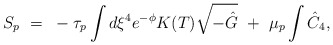
\begin{align*}{S_p}~=~-{\tau_p}\int {{d\xi}^4}{e^{-\phi}}K(T)\sqrt{-\hat{G}}~+~{{\mu}_p}\int {\hat C}_4 ,\end{align*}